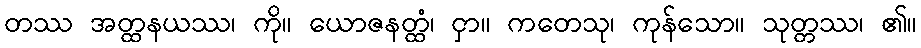
တဿ အတ္ထနယဿ၊ ကို။ ယောဇနတ္ထံ၊ ငှာ။ ကတေသု၊ ကုန်သော။ သုတ္တဿ၊ ၏။